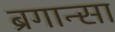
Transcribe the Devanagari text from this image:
ब्रगान्सा